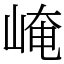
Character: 崦